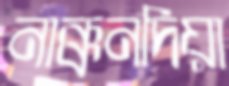
নাক্কনদিয়া